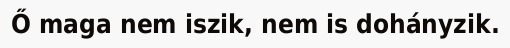
Ő maga nem iszik, nem is dohányzik.